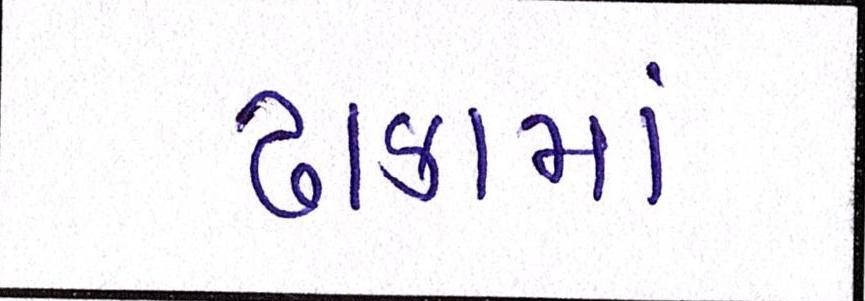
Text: ઢાકામાં